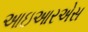
આઇઆરએસ